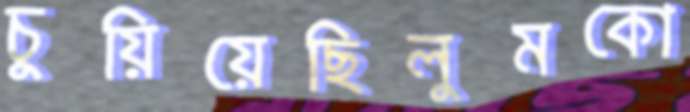
চুয়িয়েছিলুমকো